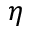
\eta